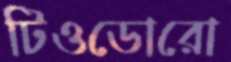
টিওডোরো